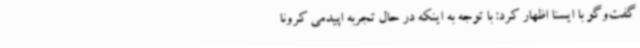
گفت‌وگو با ایسنا اظهار کرد: با توجه به اینکه در حال تجربه اپیدمی کرونا